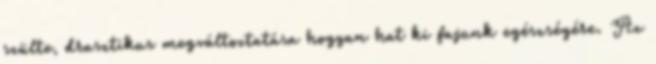
szülte, drasztikus megváltoztatása hogyan hat ki fajunk egészségére. Az